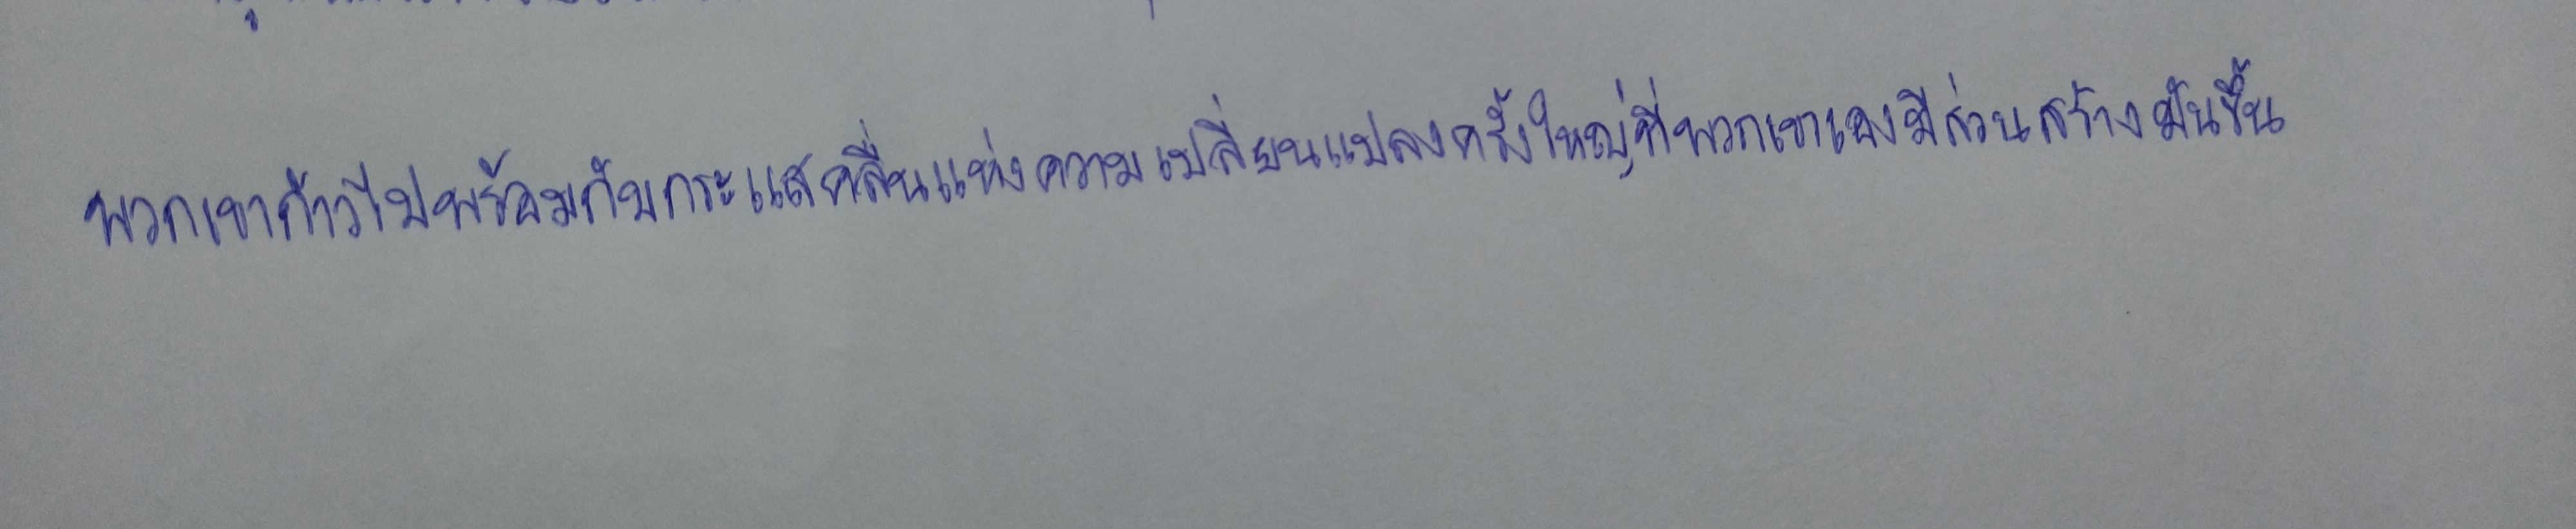
พวกเขาก้าวไปพร้อมกับกระแสคลื่นแห่งความเปลี่ยนแปลงครั้งใหญ่ที่พวกเขาเองมีส่วนสร้างมันขึ้น